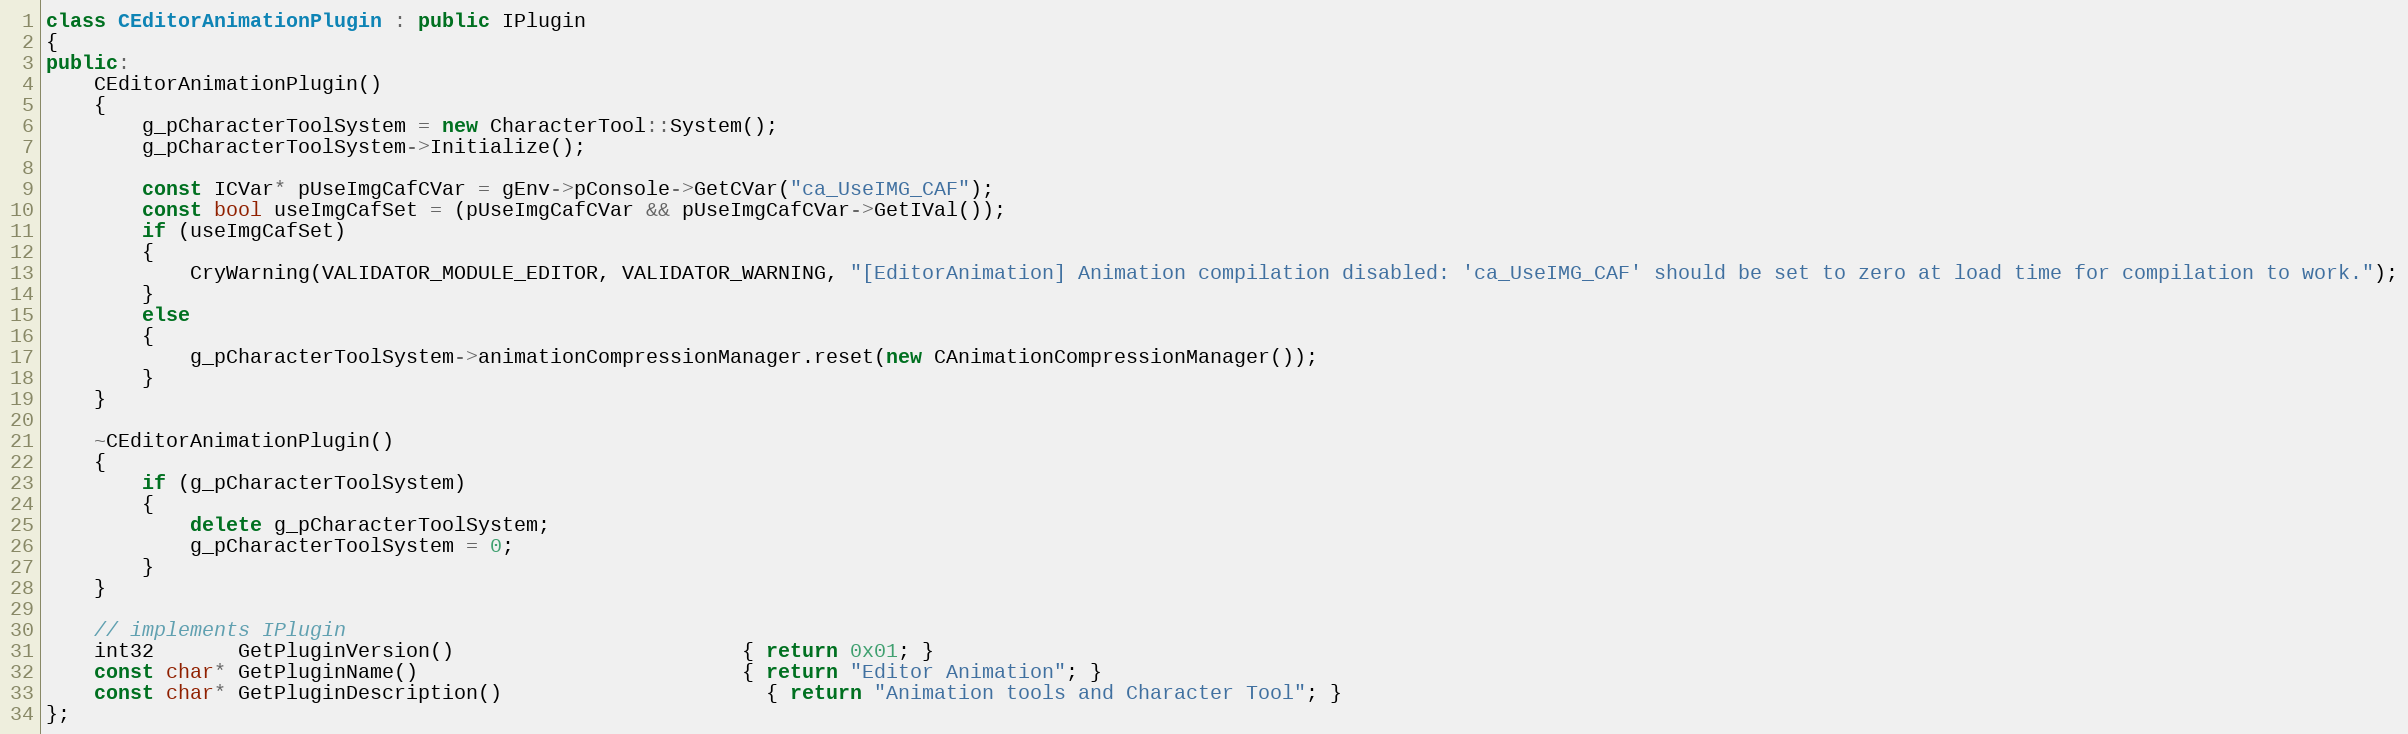
Language: C++
class CEditorAnimationPlugin : public IPlugin
{
public:
	CEditorAnimationPlugin()
	{
		g_pCharacterToolSystem = new CharacterTool::System();
		g_pCharacterToolSystem->Initialize();

		const ICVar* pUseImgCafCVar = gEnv->pConsole->GetCVar("ca_UseIMG_CAF");
		const bool useImgCafSet = (pUseImgCafCVar && pUseImgCafCVar->GetIVal());
		if (useImgCafSet)
		{
			CryWarning(VALIDATOR_MODULE_EDITOR, VALIDATOR_WARNING, "[EditorAnimation] Animation compilation disabled: 'ca_UseIMG_CAF' should be set to zero at load time for compilation to work.");
		}
		else
		{
			g_pCharacterToolSystem->animationCompressionManager.reset(new CAnimationCompressionManager());
		}
	}

	~CEditorAnimationPlugin()
	{
		if (g_pCharacterToolSystem)
		{
			delete g_pCharacterToolSystem;
			g_pCharacterToolSystem = 0;
		}
	}

	// implements IPlugin
	int32       GetPluginVersion()                        { return 0x01; }
	const char* GetPluginName()                           { return "Editor Animation"; }
	const char* GetPluginDescription()					  { return "Animation tools and Character Tool"; }
};